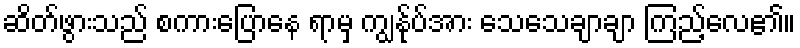
ဆိတ်ဖွားသည် စကားပြောနေ ရာမှ ကျွန်ုပ်အား သေသေချာချာ ကြည့်လေ၏။